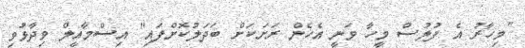
"މިހާރު އެ ފުލުސް މީހާ ވަނީ އެހެން ރަށަކަށް ބަދަލުކޮށްފައި" އިސްމާއީލް ވިދާޅުވި